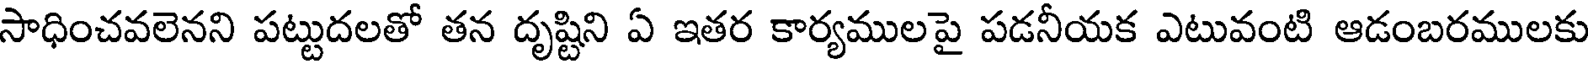
సాధించవలెనని పట్టుదలతో తన దృష్టిని ఏ ఇతర కార్యములపై పడనీయక ఎటువంటి ఆడంబరములకు